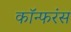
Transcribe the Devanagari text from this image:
कॉन्फरंस